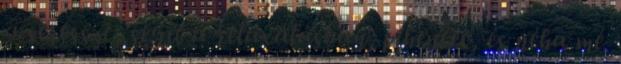
a stresszt, segít a relaxálásban, pihentet, és néha mé.